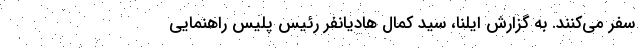
سفر می‌کنند. به گزارش ایلنا، سید کمال هادیانفر رئیس پلیس راهنمایی